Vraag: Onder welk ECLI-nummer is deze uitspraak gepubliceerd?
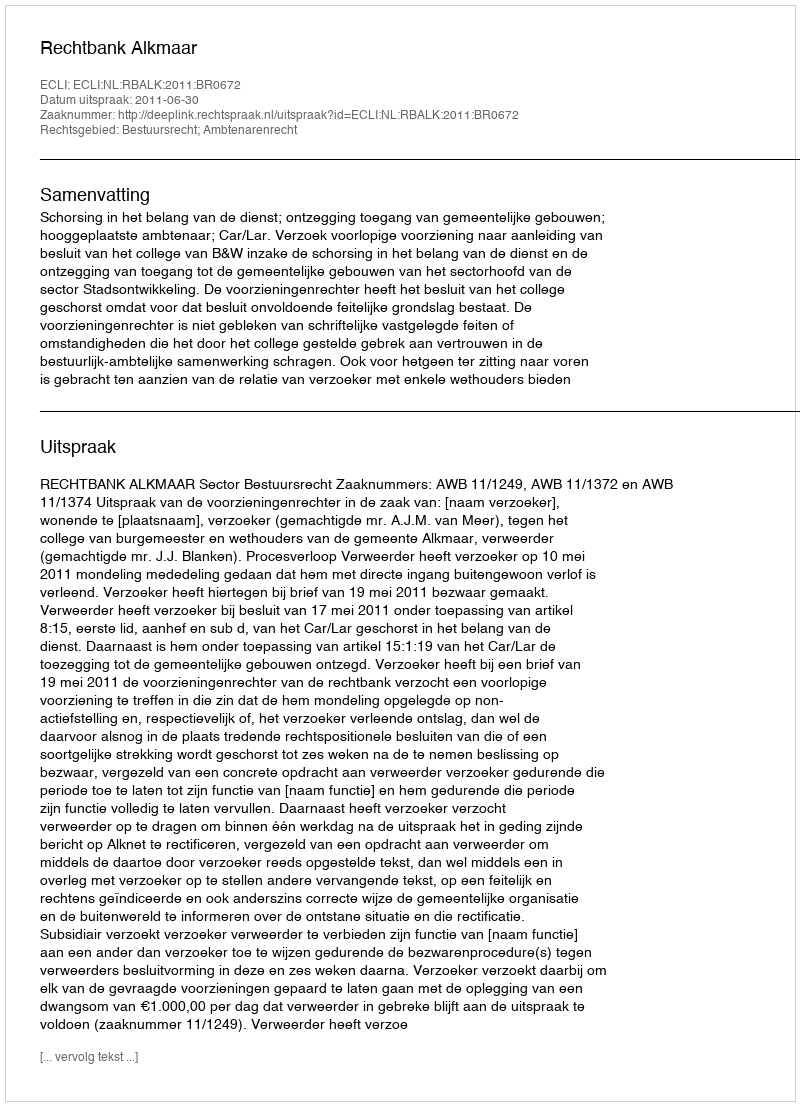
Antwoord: ECLI:NL:RBALK:2011:BR0672